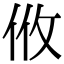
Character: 𢻺